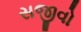
સજીવો